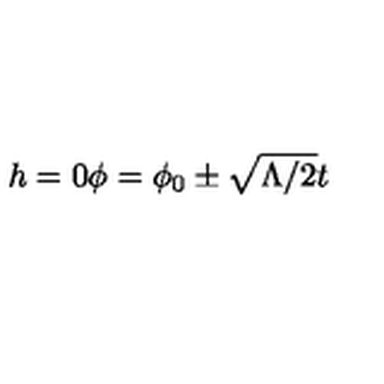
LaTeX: h = 0 \phi = \phi _ { 0 } \pm \sqrt { \Lambda / 2 } t